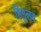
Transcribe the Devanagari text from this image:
हिंगुलव